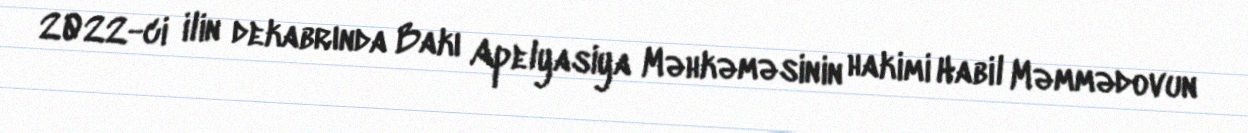
2022-ci ilin dekabrında Bakı Apelyasiya Məhkəməsinin hakimi Habil Məmmədovun